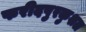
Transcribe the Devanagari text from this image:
फरीदपुरकुशल